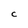
Character: C